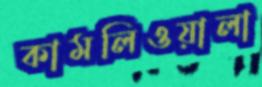
কামলিওয়ালা